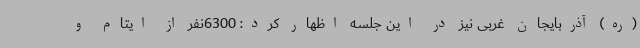
(ره) آذربایجان غربی نیز در این جلسه اظهار کرد: 6300نفر از ایتام و